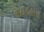
૧૯૮૯મા